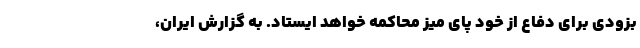
بزودی برای دفاع از خود پای میز محاکمه خواهد ایستاد. به گزارش ایران،